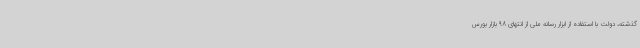
گذشته، دولت با استفاده از ابزار رسانه ملی از انتهای 98 بازار بورس